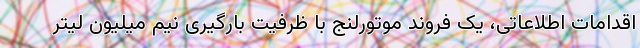
اقدامات اطلاعاتی، یک فروند موتورلنج با ظرفیت بارگیری نیم میلیون لیتر